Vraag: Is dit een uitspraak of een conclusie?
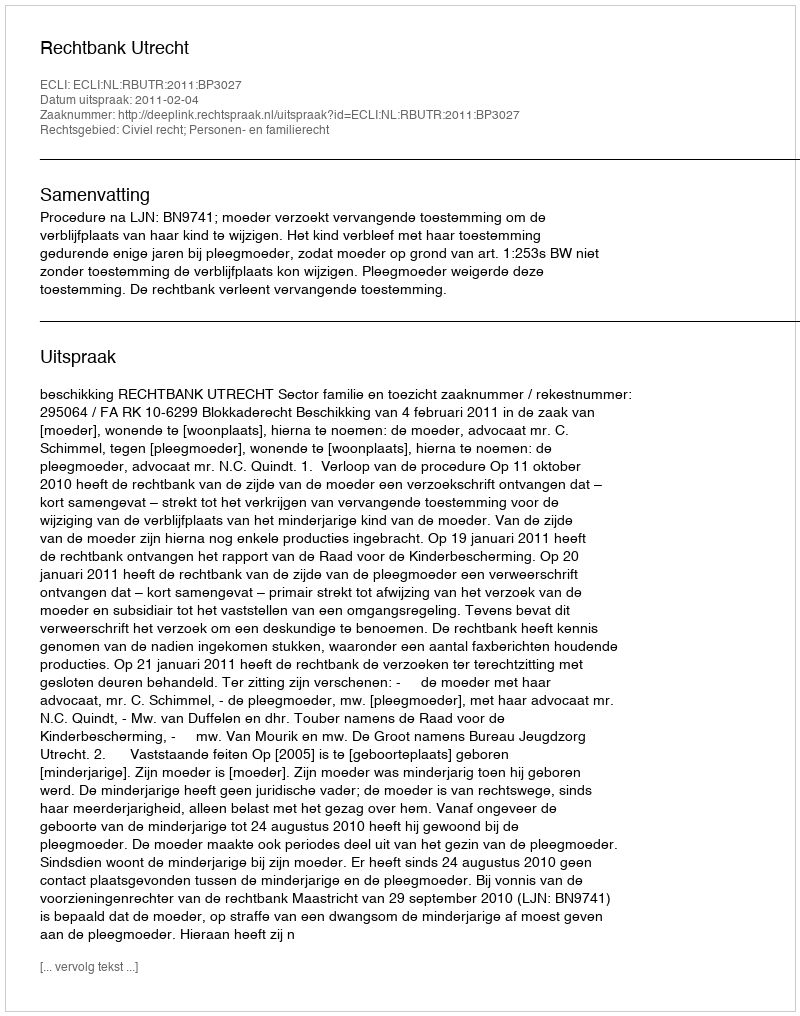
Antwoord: Uitspraak